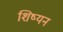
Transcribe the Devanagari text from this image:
शिष्यन